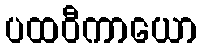
ပထဝီကာယော